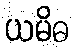
ယမိဓ